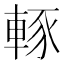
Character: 𨌇